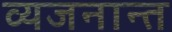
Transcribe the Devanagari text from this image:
व्यजनान्त